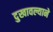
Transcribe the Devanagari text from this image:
दुखावल्याने